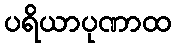
ပရိယာပုဏာထ